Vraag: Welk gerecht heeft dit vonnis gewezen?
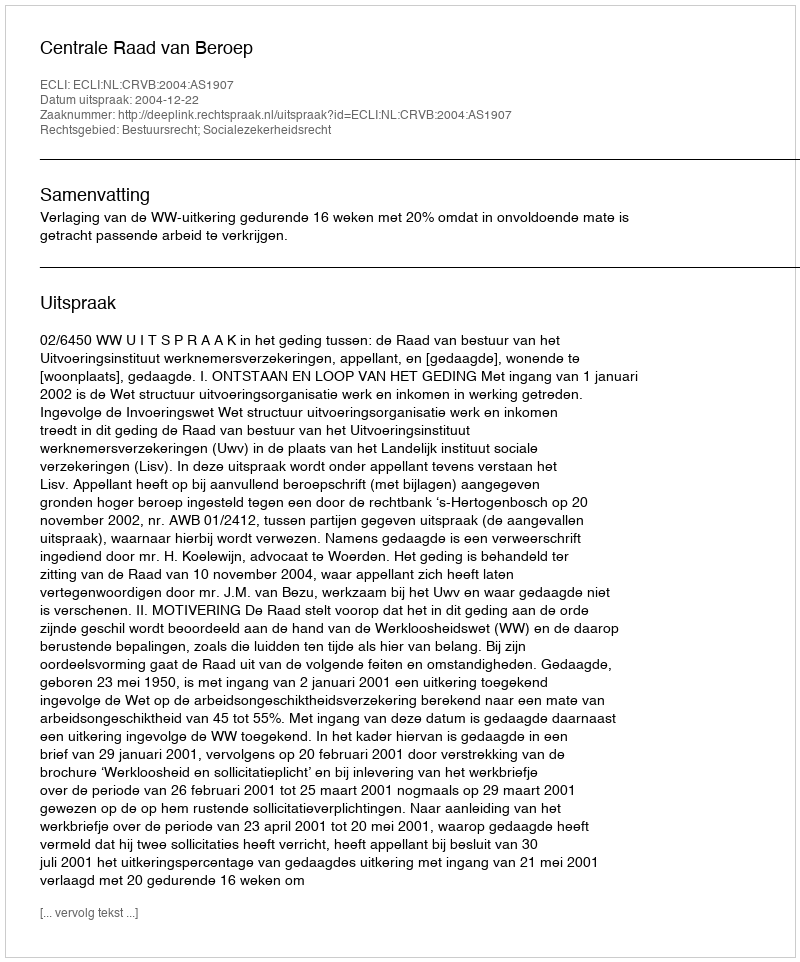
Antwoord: Centrale Raad van Beroep